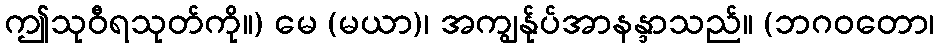
ဤသုဝီရသုတ်ကို။) မေ (မယာ)၊ အကျွန်ုပ်အာနန္ဒာသည်။ (ဘဂဝတော၊